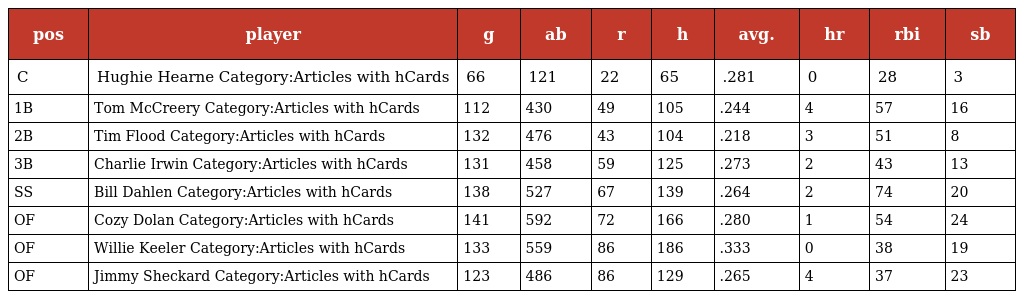
| pos | player | g | ab | r | h | avg. | hr | rbi | sb |
 | --- | --- | --- | --- | --- | --- | --- | --- | --- | --- |
 | C | Hughie Hearne Category:Articles with hCards | 66 | 121 | 22 | 65 | .281 | 0 | 28 | 3 |
 | 1B | Tom McCreery Category:Articles with hCards | 112 | 430 | 49 | 105 | .244 | 4 | 57 | 16 |
 | 2B | Tim Flood Category:Articles with hCards | 132 | 476 | 43 | 104 | .218 | 3 | 51 | 8 |
 | 3B | Charlie Irwin Category:Articles with hCards | 131 | 458 | 59 | 125 | .273 | 2 | 43 | 13 |
 | SS | Bill Dahlen Category:Articles with hCards | 138 | 527 | 67 | 139 | .264 | 2 | 74 | 20 |
 | OF | Cozy Dolan Category:Articles with hCards | 141 | 592 | 72 | 166 | .280 | 1 | 54 | 24 |
 | OF | Willie Keeler Category:Articles with hCards | 133 | 559 | 86 | 186 | .333 | 0 | 38 | 19 |
 | OF | Jimmy Sheckard Category:Articles with hCards | 123 | 486 | 86 | 129 | .265 | 4 | 37 | 23 |